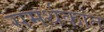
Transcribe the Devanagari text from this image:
समर्थकांत